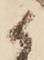
候